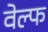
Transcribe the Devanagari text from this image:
वेल्फ